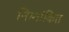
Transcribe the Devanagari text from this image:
निम्नांकित